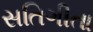
સતિગીતા